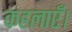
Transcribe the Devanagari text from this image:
कहलाएँ।